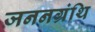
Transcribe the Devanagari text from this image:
जननग्रंथि